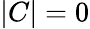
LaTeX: |C|=0